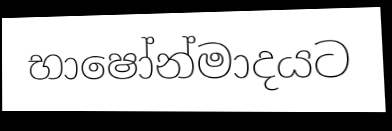
භාෂෝන්මාදයට